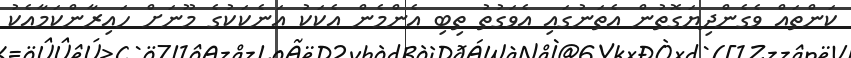
ކަންތައް ވެގެންދިޔަގޮތުން އެތަނުގައި އެވަގުތު ތިބި އެންމެން އެކަކު އަނެކަކުގެ މޫނަށް ހައިރާންކަމާއެކު